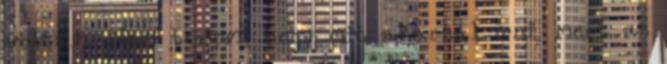
voltam. Nem tudom, hogy mit akartál írni, mert az